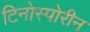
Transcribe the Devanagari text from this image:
टिनोस्पोरीन